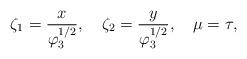
LaTeX: \begin{align*}\zeta_1 = \frac{x}{\varphi_3^{1/2}},~~~\zeta_2 =\frac{y}{\varphi_3^{1/2}},~~~\mu=\tau,\end{align*}